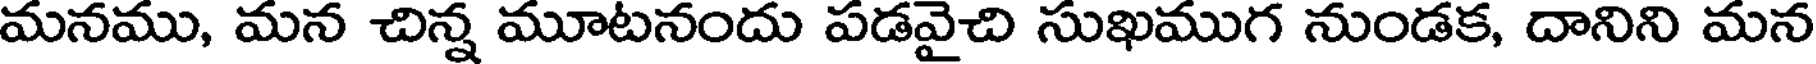
మనము, మన చిన్న మూటనందు పడవైచి సుఖముగ నుండక, దానిని మన